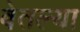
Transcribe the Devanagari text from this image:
बेतल्या